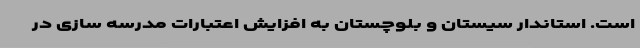
است. استاندار سیستان و بلوچستان به افزایش اعتبارات مدرسه سازی در